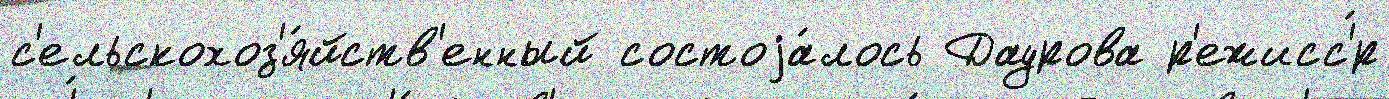
с'ельскохоз'я́йств'енный состоjа́лось Даурова р'ежисс'́р